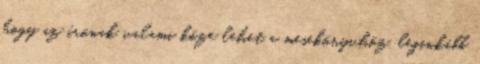
hogy az írónak valami köze lehet a mesekönyvhöz, leginkább